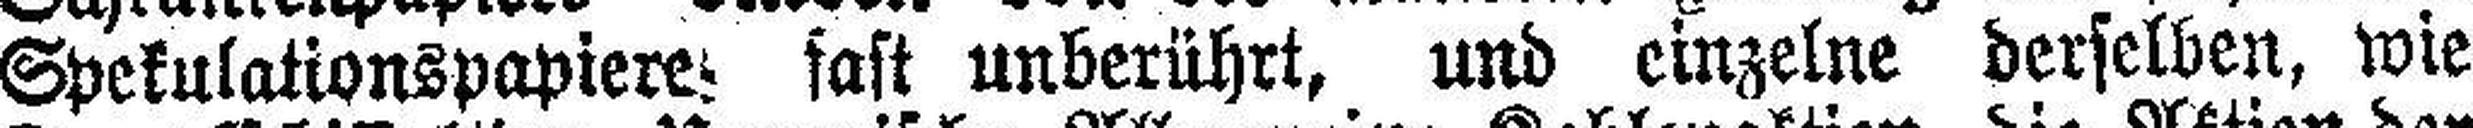
Spekulationspapiere fast unberührt, und einzelne derselben, wie